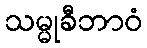
သမ္မုခီဘာဝံ